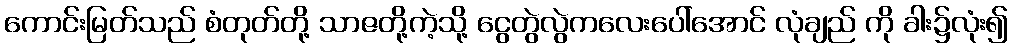
ကောင်းမြတ်သည် စံတုတ်တို့ သာဇတို့ကဲ့သို့ ငွေတွဲလွဲကလေးပေါ်အောင် လုံချည် ကို ခါး၌လုံး၍